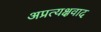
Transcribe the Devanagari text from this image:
अप्रत्यक्षवाद